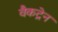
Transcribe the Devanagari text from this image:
वैकट्रेन